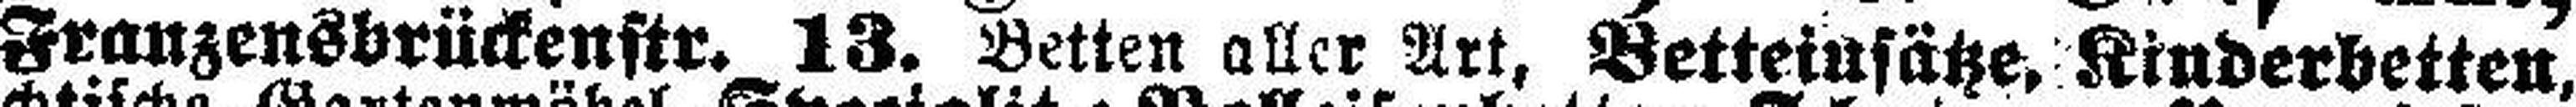
Franzensbrückenstr. 13. Betten aller Art, Betteinsätze, Kinderbetten,